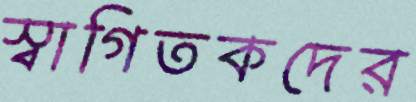
স্বাগিতকদের